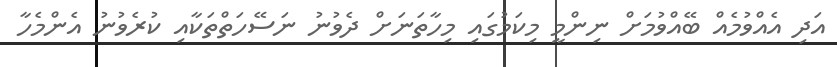
އަދި އެއްވުމެއް ބޭއްވުމަށް ނިންމީ މިކަމުގައި މިހާތަނަށް ދެވުނު ނަސޭހަތްތަކާއި ކުރެވުނު އެންމެހާ